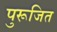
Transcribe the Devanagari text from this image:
पुरूजित